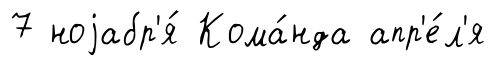
7 ноjабр'я́ Кома́нда апр'е́л'я